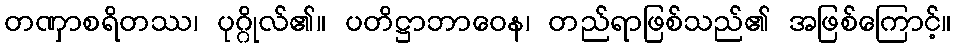
တဏှာစရိတဿ၊ ပုဂ္ဂိုလ်၏။ ပတိဋ္ဌာဘာဝေန၊ တည်ရာဖြစ်သည်၏ အဖြစ်ကြောင့်။